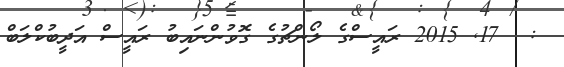
:  17